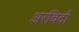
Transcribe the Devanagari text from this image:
अरविदों